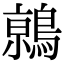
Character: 𬷦